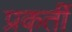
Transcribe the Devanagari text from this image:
प्रकर्ती